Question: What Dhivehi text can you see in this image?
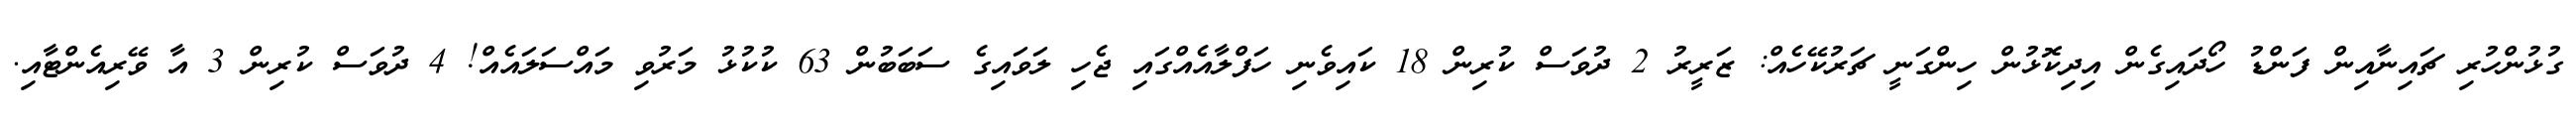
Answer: ގުޅުންހުރި ޗައިނާއިން ފަންޑު ހޯދައިގެން އިދިކޮޅުން ހިންގަނީ ޗަރުކޭހެއް: ޒަރީރު 2 ދުވަސް ކުރިން 18 ކައިވެނި ހަފްލާއެއްގައި ޖެހި ލަވައިގެ ސަބަބުން 63 ކުކުޅު މަރުވި މައްސަލައެއް! 4 ދުވަސް ކުރިން 3 އާ ވޭރިއެންޓާއި.